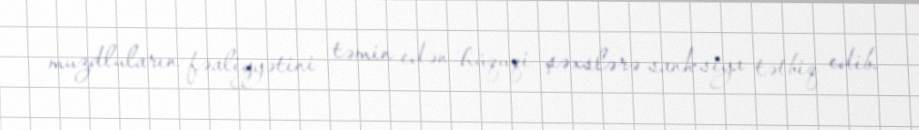
muzdluların fəaliyyətini təmin edən hüquqi şəxslərə sanksiya tətbiq edib.